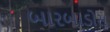
બારબાડોસ